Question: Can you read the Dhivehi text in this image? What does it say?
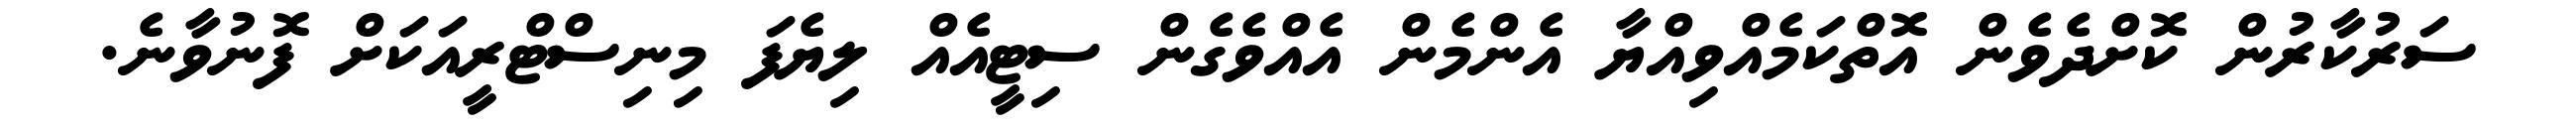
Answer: ސަރުކާރުން ކޮށްދެވެން އޮތްކަމެއްވިއްޔާ އެންމެން އެއްވެގެން ސިޓީއެއް ލިޔެފަ މިނިސްޓްރީއަކަށް ފޮނުވާނެ.